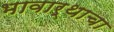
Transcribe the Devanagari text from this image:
भावार्थाचा